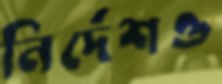
নির্দেশও